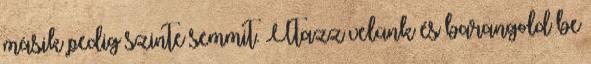
másik pedig szinte semmit. Utazz velünk és barangold be